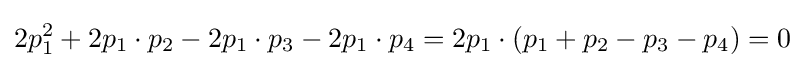
2p_{1}^{2}+2p_{1}\cdot p_{2}-2p_{1}\cdot p_{3}-2p_{1}\cdot p_{4}=2p_{1}\cdot (p_{1}+p_{2}-p_{3}-p_{4})=0